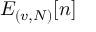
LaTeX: E _ { ( v , N ) } [ n ]